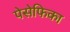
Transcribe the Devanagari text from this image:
पेसेफिका